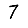
Digit: 7